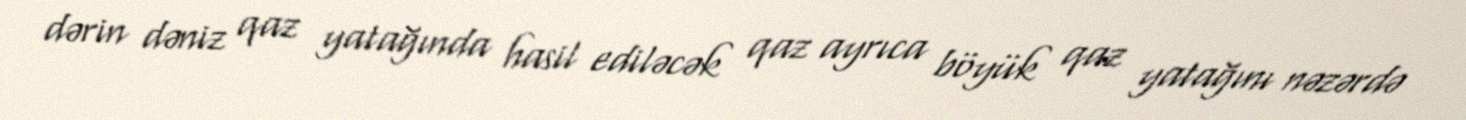
dərin dəniz qaz yatağında hasil ediləcək qaz ayrıca böyük qaz yatağını nəzərdə